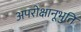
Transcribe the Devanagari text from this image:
अपरोक्षानूभुति